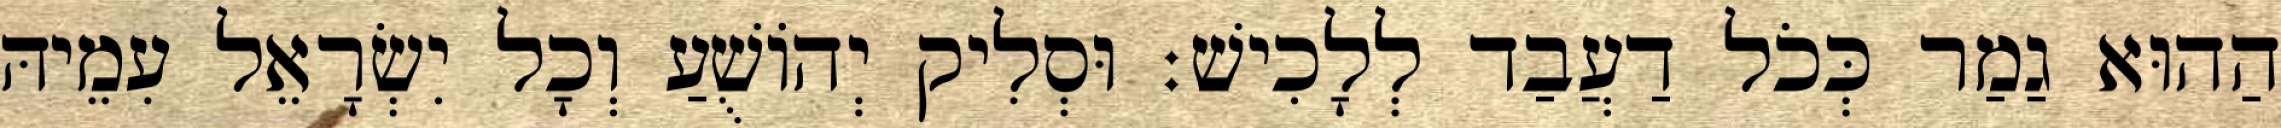
הַהוּא גַמַר כְּכֹל דַעֲבַד לְלָכִישׁ׃ וּסְלִיק יְהוֹשֻׁעַ וְכָל יִשְׂרָאֵל עִמֵיהּ